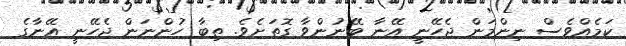
ކަމެއްވެސް ނިންމަން ޖެހޭނީ އޭނާ ބޭނުންވާ ގޮތަށެވެ. ތިބާ ހުންނަން ޖެހޭނީ އޭނާގެ